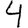
Digit: 4